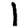
Digit: 1